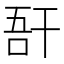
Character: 𢆖